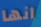
انها